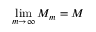
\operatorname* { l i m } _ { m \to \infty } M _ { m } = M